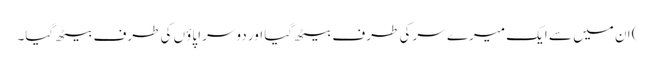
) ان میں سے ایک میرے سر کی طرف بیٹھ گیا اور دوسرا پاؤں کی طرف بیٹھ گیا۔